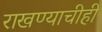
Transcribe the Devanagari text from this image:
राखण्याचीही